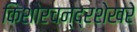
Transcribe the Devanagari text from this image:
किशोरचन्द्रशेखरे